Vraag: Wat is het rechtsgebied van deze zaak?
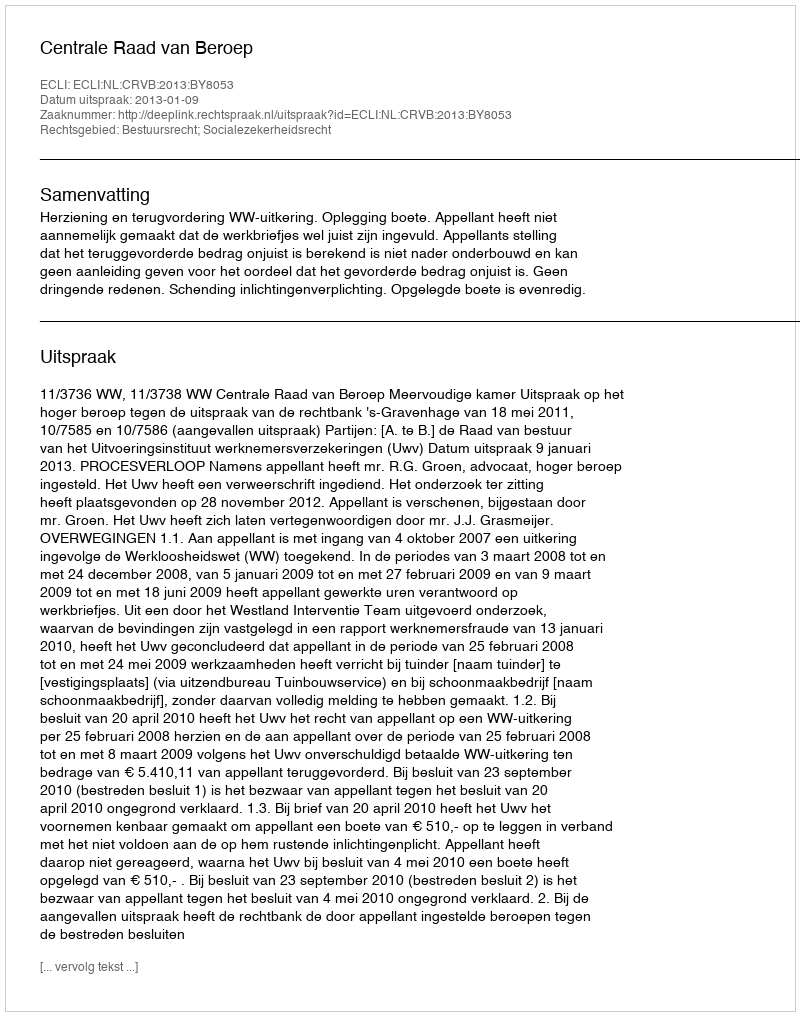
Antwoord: Bestuursrecht; Socialezekerheidsrecht